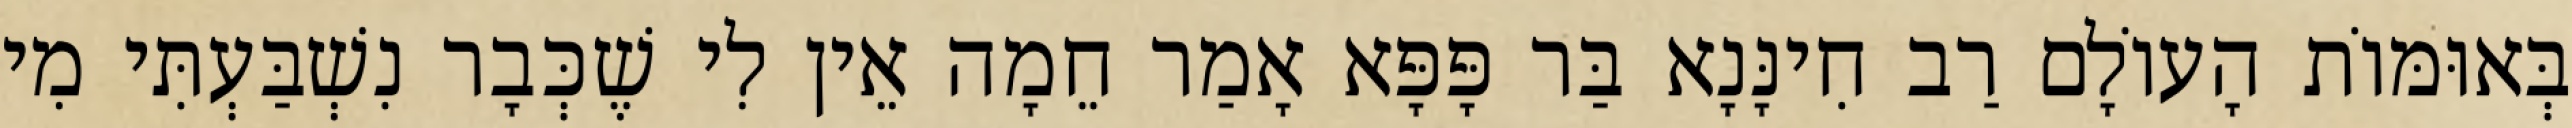
בְּאוּמּוֹת הָעוֹלָם רַב חִינָּנָא בַּר פָּפָּא אָמַר חֵמָה אֵין לִי שֶׁכְּבָר נִשְׁבַּעְתִּי מִי